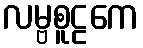
လမ္ဗစူဠကေ